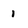
Character: 1